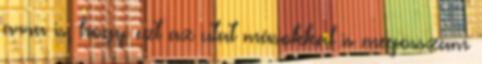
arra is, hogy ezt az utat másokkal is megosszam